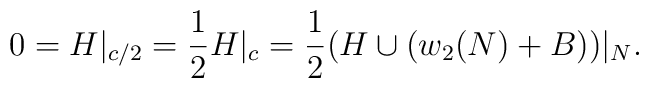
0=H|_{c/2}=\frac{1}{2}H|_c=\frac{1}{2}(H\cup (w_2(N)+B))|_N.